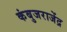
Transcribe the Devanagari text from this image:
कंबुजराजेंद्र